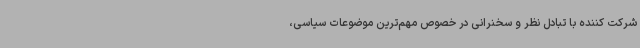
شرکت کننده با تبادل نظر و سخنرانی در خصوص مهم‌ترین موضوعات سیاسی،